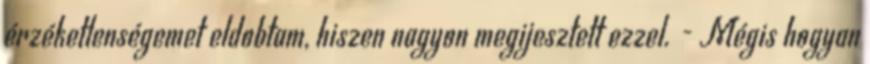
érzéketlenségemet eldobtam, hiszen nagyon megijesztett ezzel. - Mégis hogyan